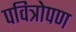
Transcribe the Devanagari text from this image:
पवित्रोपण